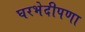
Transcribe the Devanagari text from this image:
घरभेदीपणा